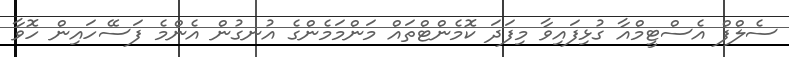
ސެލްފް އެސްޓީމްއާ ގުޅިފައިވާ މިފަދަ ކޮމެންޓްތައް މަންމަމެންގެ އުނގުން އެންމެ ފަސޭހައިން ހޮވާ